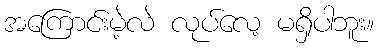
အကြောင်းမဲ့လဲ လုပ်လေ့ မရှိပါဘူး။